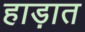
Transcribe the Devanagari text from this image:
हाड़ात